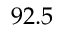
9 2 . 5